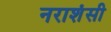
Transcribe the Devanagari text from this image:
नराशंसी